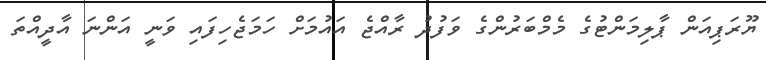
ޔޫރަޕިއަން ޕާލިމަންޓުގެ މެމްބަރުންގެ ވަފުދު ރާއްޖެ އައުމަށް ހަމަޖެހިފައި ވަނީ އަންނަ އާދީއްތަ